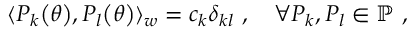
\begin{array} { r } { \langle P _ { k } \mathopen { } \mathclose \bgroup \left( \theta \aftergroup \egroup \right) , P _ { l } \mathopen { } \mathclose \bgroup \left( \theta \aftergroup \egroup \right) \rangle _ { w } = c _ { k } \delta _ { k l } ~ , \quad \forall P _ { k } , P _ { l } \in \mathbb { P } ~ , } \end{array}